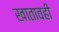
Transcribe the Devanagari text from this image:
खातावही